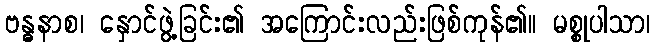
ဗန္ဓနာစ၊ နှောင်ဖွဲ့ခြင်း၏ အကြောင်းလည်းဖြစ်ကုန်၏။ မစ္စုပါသာ၊